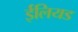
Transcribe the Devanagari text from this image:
ईलियड